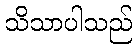
သိသာပါသည်